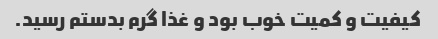
کیفیت و کمیت خوب بود و غذا گرم بدستم رسید.